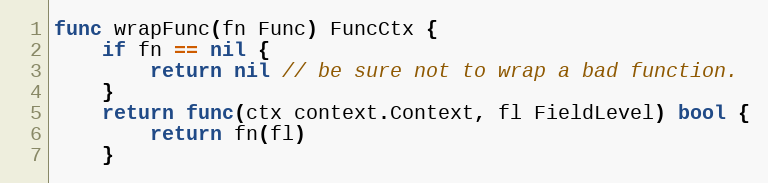
Language: Go
func wrapFunc(fn Func) FuncCtx {
	if fn == nil {
		return nil // be sure not to wrap a bad function.
	}
	return func(ctx context.Context, fl FieldLevel) bool {
		return fn(fl)
	}